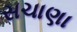
સચાણા